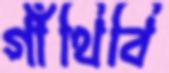
গাঁথিবি